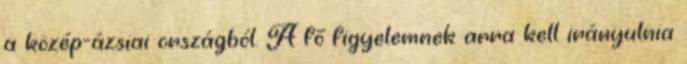
a közép-ázsiai országból. A fő figyelemnek arra kell irányulnia